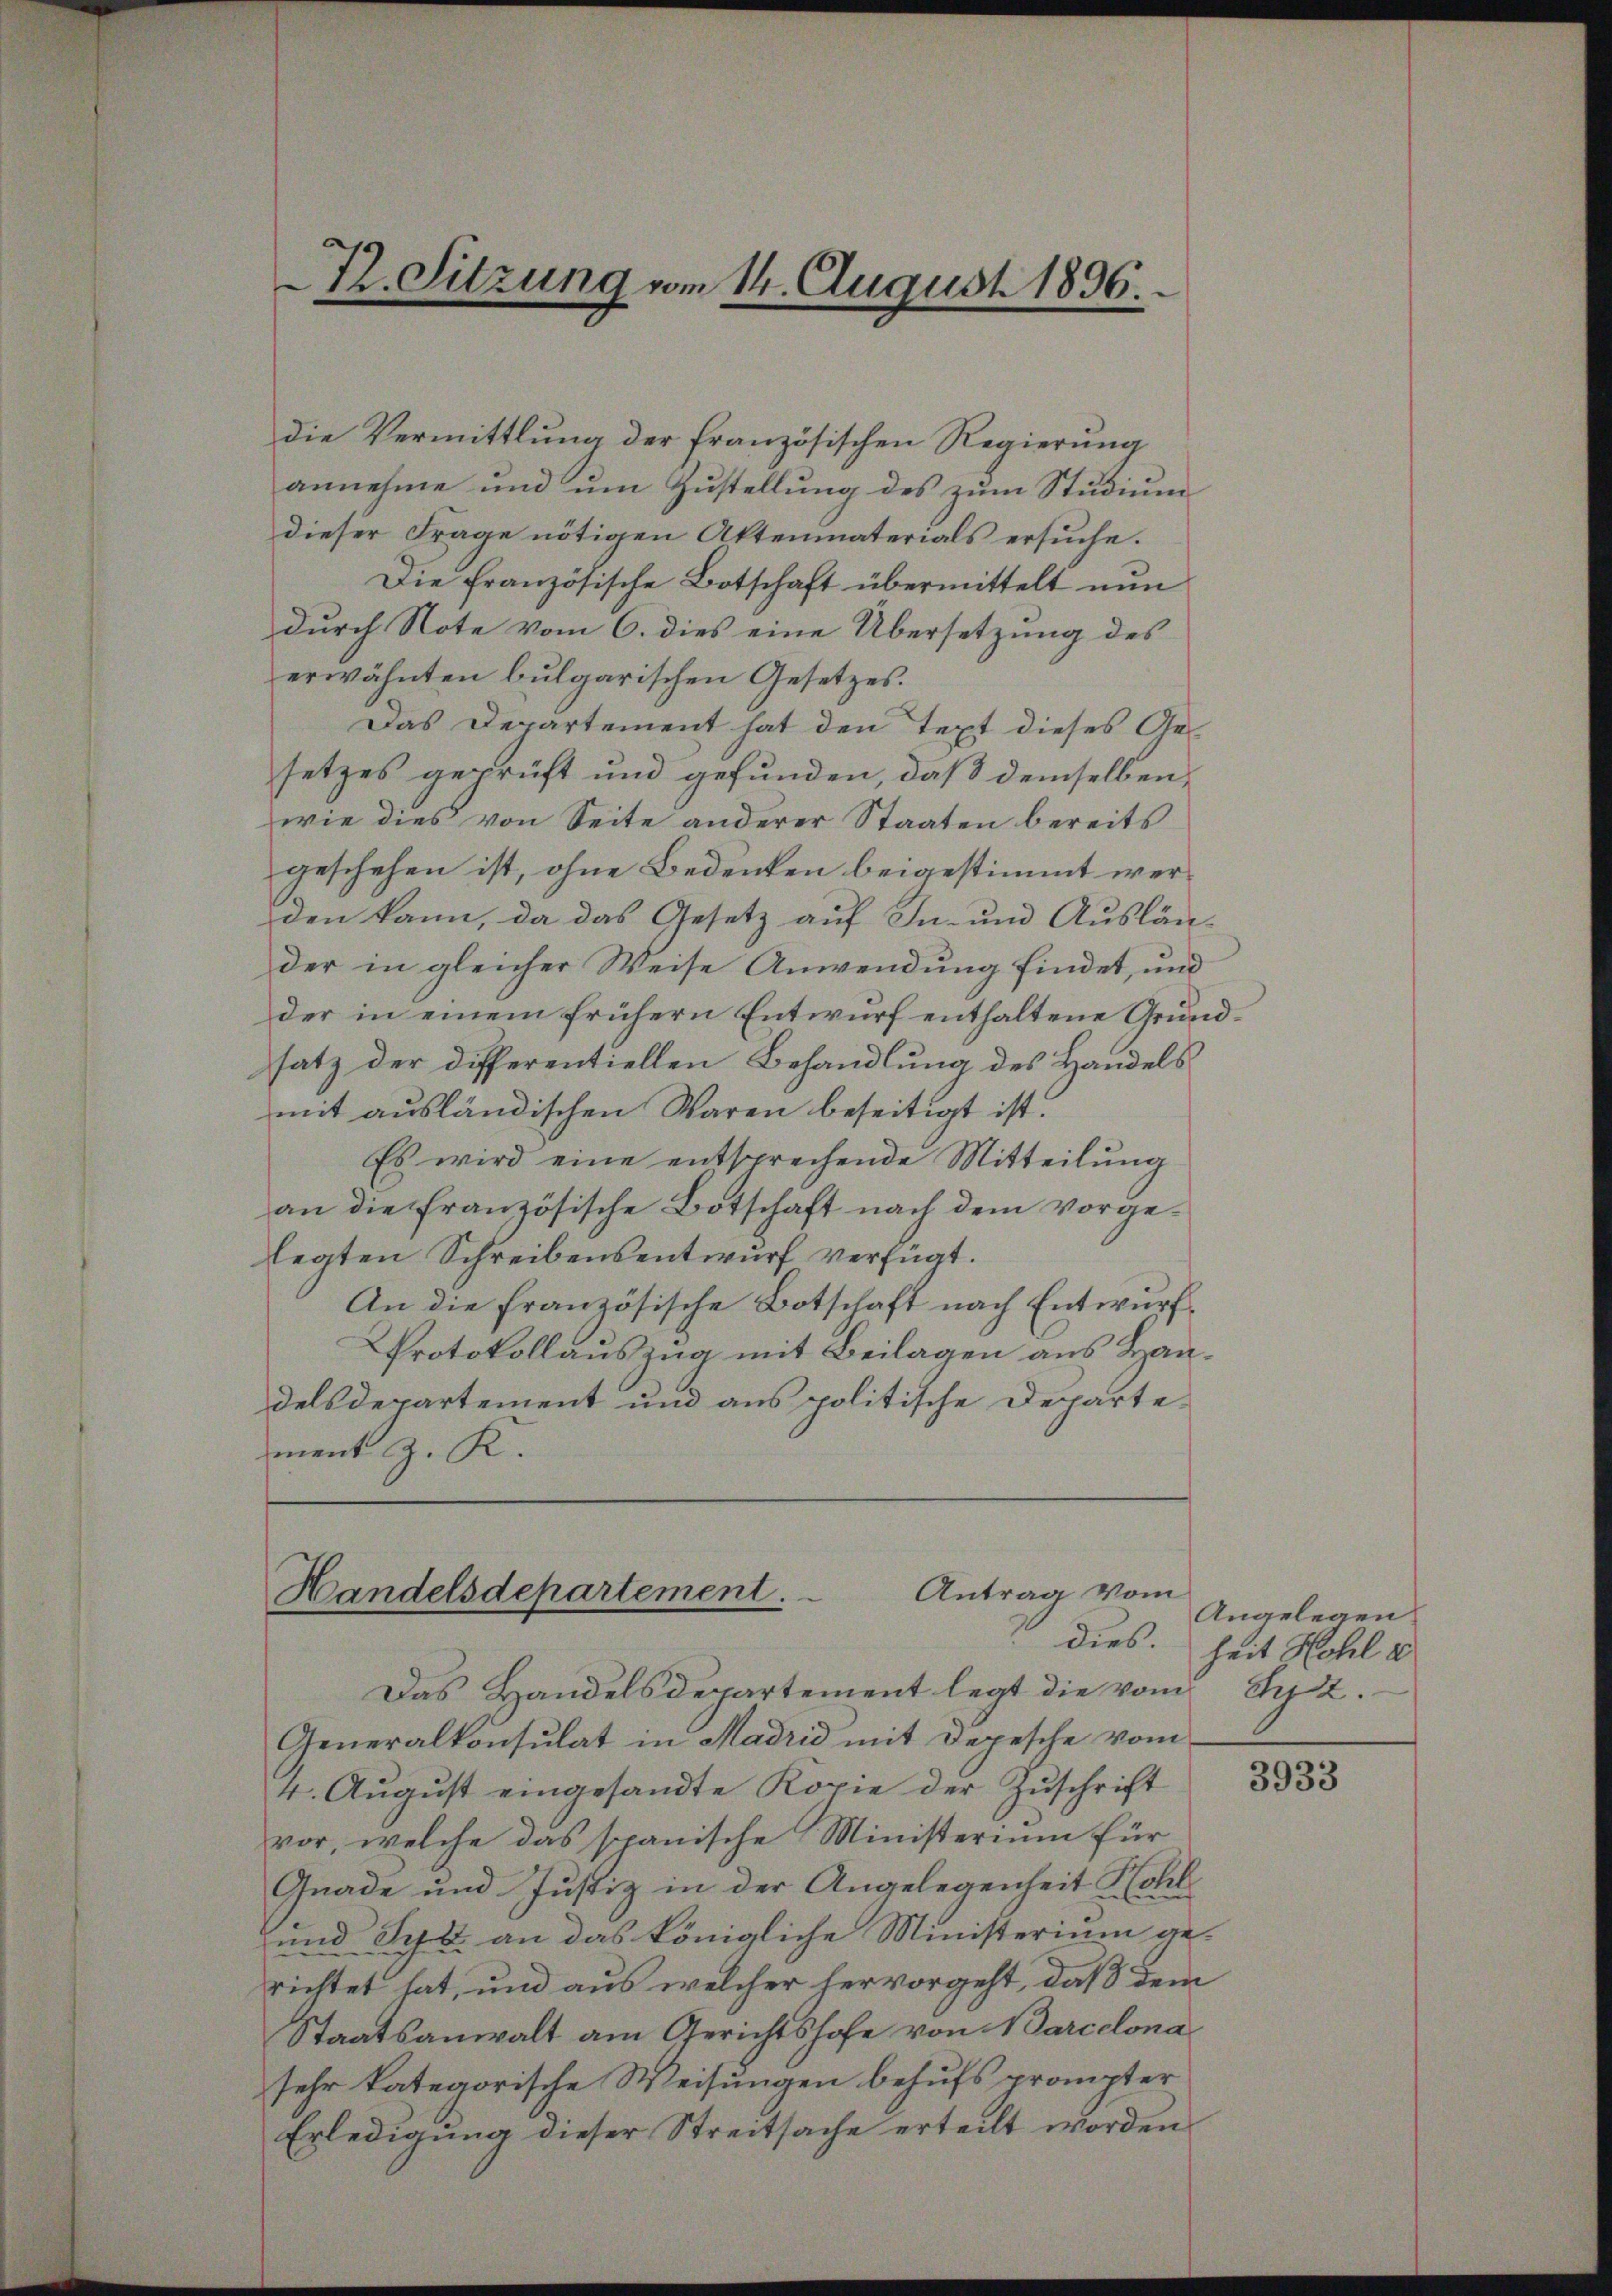
72. Sitzung vom 14. August 1896.

die Vermittlung der französischen Regierung
annehme und um Zustellung des zum Studium
dieser Frage nötigen Aktenmaterials ersuche.
Die französische Botschaft übermittelt nun
durch Note vom 6. dies eine Übersetzung des
erwähnten bulgarischen Gesetzes.
Das Departement hat den Text dieses Ge-
setzes geprüft und gefunden, daß demselben,
wie dies von Seite anderer Staaten bereits
geschehen ist, ohne Bedenken beigestimmt werden kann, da das Gesetz auf In- und Auslän-
der in gleicher Weise Anwendung findet, und
der in einem frühern Entwurf enthaltene Grundsatz der Differentiellen Behandlung des Handels
mit ausländischen Waren beseitigt ist.
Es wird eine entsprechende Mitteilung
an die französische Botschaft nach dem vorgelegten Schreibensentwurf verfügt.
An die französische Botschaft nach Entwurf
Protokollauszug mit Beilagen aus Handelsdepartement und aus politische Departement z. K.

Antrag vom
Handelsdepartement.

Das Handelsdepartement legt die vom
Generalkonsulat in Madrid mit Depesche vom
4. Aŭgŭst eingesandte Kopie der Zŭschrift
vor, welche das spanische Ministerium für
Gnade und Justiz in der Angelegenheit Hohl
und Schr. an das königliche Ministerium gerichtet hat, und aus welcher hervorgeht, daß dem
Staatsanwalt am Gerichtshofe von Marcelona
sehr kategorische Weisungen behufs prompter
Erledigung dieser Streitsache erteilt worden.

Angelegen
dies. Zeit Hohl a
Syl.

3933